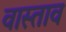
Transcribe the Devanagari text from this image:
वास्ताव